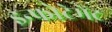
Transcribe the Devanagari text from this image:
इन्फोटेमेंट